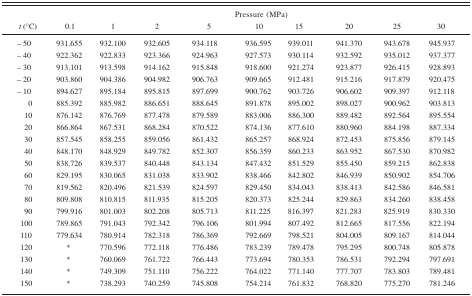
<table><thead><tr><td rowspan="2"><b><i>t</i> (°C)</b></td><td rowspan="2"><b>0.1</b></td><td colspan="8"><b>Pressure (MPa)</b></td></tr><tr><td><b>1</b></td><td><b>2</b></td><td><b>5</b></td><td><b>10</b></td><td><b>15</b></td><td><b>20</b></td><td><b>25</b></td><td><b>30</b></td></tr></thead><tbody><tr><td>−50</td><td>931.655</td><td>932.100</td><td>932.605</td><td>934.118</td><td>936.595</td><td>939.011</td><td>941.370</td><td>943.678</td><td>945.937</td></tr><tr><td>−40</td><td>922.362</td><td>922.833</td><td>923.366</td><td>924.963</td><td>927.573</td><td>930.114</td><td>932.592</td><td>935.012</td><td>937.377</td></tr><tr><td>−30</td><td>913.101</td><td>913.598</td><td>914.162</td><td>915.848</td><td>918.600</td><td>921.274</td><td>923.877</td><td>926.415</td><td>928.893</td></tr><tr><td>−20</td><td>903.860</td><td>904.386</td><td>904.982</td><td>906.763</td><td>909.665</td><td>912.481</td><td>915.216</td><td>917.879</td><td>920.475</td></tr><tr><td>−10</td><td>894.627</td><td>895.184</td><td>895.815</td><td>897.699</td><td>900.762</td><td>903.726</td><td>906.602</td><td>909.397</td><td>912.118</td></tr><tr><td> 0</td><td>885.392</td><td>885.982</td><td>886.651</td><td>888.645</td><td>891.878</td><td>895.002</td><td>898.027</td><td>900.962</td><td>903.813</td></tr><tr><td>10</td><td>876.142</td><td>876.769</td><td>877.478</td><td>879.589</td><td>883.006</td><td>886.300</td><td>889.482</td><td>892.564</td><td>895.554</td></tr><tr><td>20</td><td>866.864</td><td>867.531</td><td>868.284</td><td>870.522</td><td>874.136</td><td>877.610</td><td>880.960</td><td>884.198</td><td>887.334</td></tr><tr><td>30</td><td>857.545</td><td>858.255</td><td>859.056</td><td>861.432</td><td>865.257</td><td>868.924</td><td>872.453</td><td>875.856</td><td>879.145</td></tr><tr><td>40</td><td>848.170</td><td>848.929</td><td>849.782</td><td>852.307</td><td>856.359</td><td>860.233</td><td>863.952</td><td>867.530</td><td>870.982</td></tr><tr><td>50</td><td>838.726</td><td>839.537</td><td>840.448</td><td>843.134</td><td>847.432</td><td>851.529</td><td>855.450</td><td>859.215</td><td>862.838</td></tr><tr><td>60</td><td>829.195</td><td>830.065</td><td>831.038</td><td>833.902</td><td>838.466</td><td>842.802</td><td>846.939</td><td>850.902</td><td>854.706</td></tr><tr><td>70</td><td>819.562</td><td>820.496</td><td>821.539</td><td>824.597</td><td>829.450</td><td>834.043</td><td>838.413</td><td>842.586</td><td>846.581</td></tr><tr><td>80</td><td>809.808</td><td>810.815</td><td>811.935</td><td>815.205</td><td>820.373</td><td>825.244</td><td>829.863</td><td>834.260</td><td>838.458</td></tr><tr><td>90</td><td>799.916</td><td>801.003</td><td>802.208</td><td>805.713</td><td>811.225</td><td>816.397</td><td>821.283</td><td>825.919</td><td>830.330</td></tr><tr><td>100</td><td>789.865</td><td>791.043</td><td>792.342</td><td>796.106</td><td>801.994</td><td>807.492</td><td>812.665</td><td>817.556</td><td>822.194</td></tr><tr><td>110</td><td>779.634</td><td>780.914</td><td>782.318</td><td>786.369</td><td>792.669</td><td>798.521</td><td>804.005</td><td>809.167</td><td>814.044</td></tr><tr><td>120</td><td>*</td><td>770.596</td><td>772.118</td><td>776.486</td><td>783.239</td><td>789.478</td><td>795.295</td><td>800.748</td><td>805.878</td></tr><tr><td>130</td><td>*</td><td>760.069</td><td>761.722</td><td>766.443</td><td>773.694</td><td>780.353</td><td>786.531</td><td>792.294</td><td>797.691</td></tr><tr><td>140</td><td>*</td><td>749.309</td><td>751.110</td><td>756.222</td><td>764.022</td><td>771.140</td><td>777.707</td><td>783.803</td><td>789.481</td></tr><tr><td>150</td><td>*</td><td>738.293</td><td>740.259</td><td>745.808</td><td>754.214</td><td>761.832</td><td>768.820</td><td>775.270</td><td>781.246</td></tr></tbody></table>